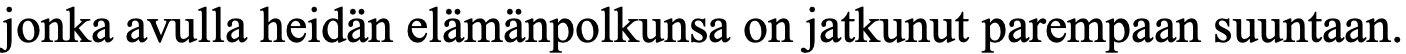
jonka avulla heidän elämänpolkunsa on jatkunut parempaan suuntaan.